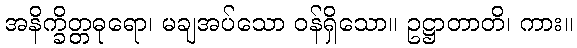
အနိက္ခိတ္တဓုရော၊ မချအပ်သော ဝန်ရှိသော။ ဥဋ္ဌာတာတိ၊ ကား။